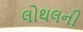
લોથલની